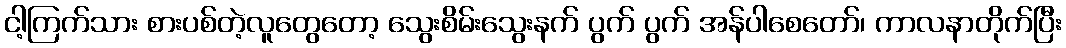
ငါ့ကြက်သား စားပစ်တဲ့လူတွေတော့ သွေးစိမ်းသွေးနက် ပွက် ပွက် အန်ပါစေတော်၊ ကာလနာတိုက်ပြီး